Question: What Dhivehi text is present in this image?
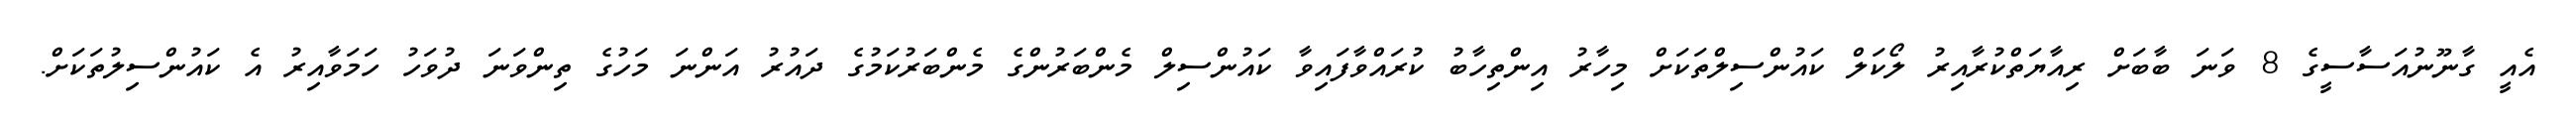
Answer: އެއީ ގާނޫނުއަސާސީގެ 8 ވަނަ ބާބަށް ރިއާޔަތްކުރާއިރު ލޯކަލް ކައުންސިލްތަކަށް މިހާރު އިންތިހާބު ކުރައްވާފައިވާ ކައުންސިލް މެންބަރުންގެ މެންބަރުކަމުގެ ދައުރު އަންނަ މަހުގެ ތިންވަނަ ދުވަހު ހަމަވާއިރު އެ ކައުންސިލުތަކަށް.